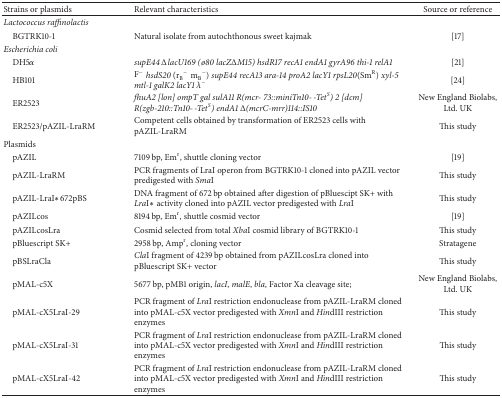
<table><thead><tr><td><b>Strains or plasmids</b></td><td><b>Relevant characteristics</b></td><td><b>Source or reference</b></td></tr></thead><tbody><tr><td><i>Lactococcus raffinolactis</i></td><td colspan="2"> </td></tr><tr><td> BGTRK10-1</td><td>Natural isolate from autochthonous sweet kajmak</td><td>[17]</td></tr><tr><td><i>Escherichia coli</i></td><td colspan="2"> </td></tr><tr><td> DH5<i>α</i></td><td><i>supE44 ΔlacU169 (</i>ø<i>80 lacZΔM15) hsdR17 recA1 endA1 gyrA96 thi-1 relA1</i></td><td>[21]</td></tr><tr><td> HB101</td><td>F<sup>−</sup><i>hsdS20</i> (r<sub>B</sub><sup>−</sup>m<sub>B</sub><sup>−</sup>) <i>supE44 recA13 ara-14 proA2 lacY1 rpsL20</i>(Sm<sup>R</sup>) <i>xyl-5 mtl-1 galK2 lacY1 λ</i><sup>−</sup></td><td>[24]</td></tr><tr><td> ER2523</td><td><i>fhuA2 [lon] ompT gal sulA11 R(mcr- 73::miniTn10- -Tet</i><sup><i>S</i></sup><i>) 2 [dcm] R(zgb-210::Tn10- -Tet</i><sup><i>S</i></sup><i>) endA1 Δ(mcrC-mrr)114::IS10</i></td><td>New England Biolabs, Ltd. UK</td></tr><tr><td> ER2523/pAZIL-LraRM</td><td>Competent cells obtained by transformation of ER2523 cells with pAZIL-LraRM</td><td>This study</td></tr><tr><td>Plasmids</td><td colspan="2"> </td></tr><tr><td> pAZIL</td><td>7109 bp, Em<sup>r</sup>, shuttle cloning vector</td><td>[19]</td></tr><tr><td> pAZIL-LraRM</td><td>PCR fragments of LraI operon from BGTRK10-1 cloned into pAZIL vector predigested with <i>Sma</i>I</td><td>This study</td></tr><tr><td> pAZIL-LraI<i>∗</i>672pBS</td><td>DNA fragment of 672 bp obtained after digestion of pBluescipt SK+ with <i>Lra</i>I<i>∗</i> activity cloned into pAZIL vector predigested with <i>Lra</i>I</td><td>This study</td></tr><tr><td> pAZILcos</td><td>8194 bp, Em<sup>r</sup>, shuttle cosmid vector</td><td>[19]</td></tr><tr><td> pAZILcosLra</td><td>Cosmid selected from total <i>Xba</i>I cosmid library of BGTRK10-1</td><td>This study</td></tr><tr><td> pBluescript SK+</td><td>2958 bp, Amp<sup>r</sup>, cloning vector</td><td>Stratagene</td></tr><tr><td> pBSLraCla</td><td><i>Cla</i>I fragment of 4239 bp obtained from pAZILcosLra cloned into pBluescript SK+ vector</td><td>This study</td></tr><tr><td> pMAL-c5X</td><td>5677 bp, pMB1 origin, <i>lacI</i>, <i>malE</i>, <i>bla</i>, Factor Xa cleavage site;</td><td>New England Biolabs, Ltd. UK</td></tr><tr><td> pMAL-cX5LraI-29</td><td>PCR fragment of <i>Lra</i>I restriction endonuclease from pAZIL-LraRM cloned into pMAL-c5X vector predigested with <i>Xmn</i>I and <i>Hin</i>dIII restriction enzymes</td><td>This study</td></tr><tr><td> pMAL-cX5LraI-31</td><td>PCR fragment of <i>Lra</i>I restriction endonuclease from pAZIL-LraRM cloned into pMAL-c5X vector predigested with <i>Xmn</i>I and <i>Hin</i>dIII restriction enzymes</td><td>This study</td></tr><tr><td> pMAL-cX5LraI-42</td><td>PCR fragment of <i>Lra</i>I restriction endonuclease from pAZIL-LraRM cloned into pMAL-c5X vector predigested with <i>Xmn</i>I and <i>Hin</i>dIII restriction enzymes</td><td>This study</td></tr></tbody></table>